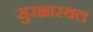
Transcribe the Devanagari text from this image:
सुरक्षास्थल